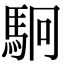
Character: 駉